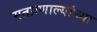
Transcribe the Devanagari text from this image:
मतप्रणाल्यांच्या